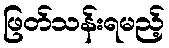
ဖြတ်သန်းရမည့်